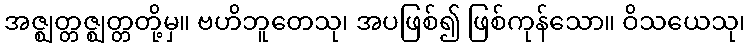
အဇ္ဈတ္တဇ္ဈတ္တတို့မှ။ ဗဟိဘူတေသု၊ အပဖြစ်၍ ဖြစ်ကုန်သော။ ဝိသယေသု၊